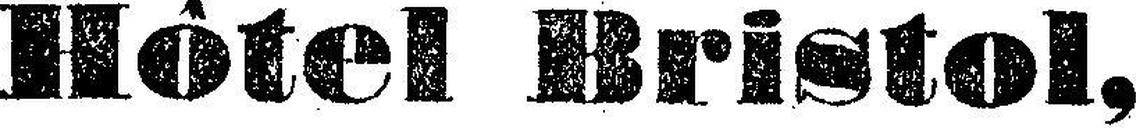
Hôtel Bristol,